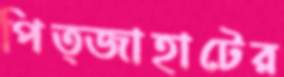
পিত্জাহাটের